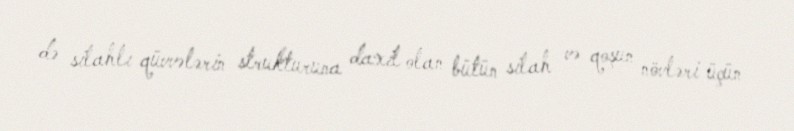
də silahlı qüvvələrin strukturuna daxil olan bütün silah və qoşun növləri üçün